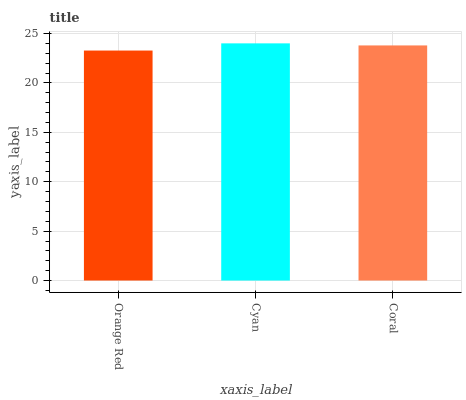
| xaxis_label | bars |
 | --- | --- |
 | Orange Red | 23.3 |
 | Cyan | 24 |
 | Coral | 23.8 |